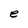
Character: e